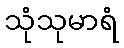
သုံသုမာရံ